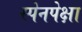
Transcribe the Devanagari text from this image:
स्पेनपेक्षा